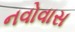
નવોવાસ